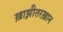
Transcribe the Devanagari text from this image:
ख़ाझ़ीतरख़ान